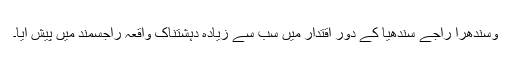
وسندھرا راجے سندھیا کے دورِ اقتدار میں سب سے زیادہ دہشتناک واقعہ راجسمند میں پیش آیا۔